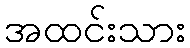
အထင်းသား